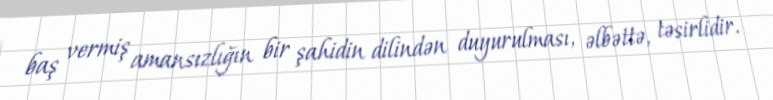
baş vermiş amansızlığın bir şahidin dilindən duyurulması, əlbəttə, təsirlidir.